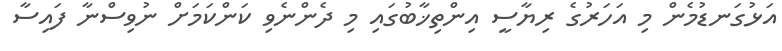
އަޅުގަނޑުމެން މި އަހަރުގެ ރިޔާސީ އިންތިޚާބުގައި މި ދެންނެވި ކަންކަމަށް ނުވިސްނާ ފައިސާ